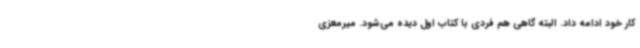
کار خود ادامه داد. البته گاهی هم فردی با کتاب اول دیده می‌شود. میرمعزی